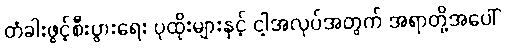
တံခါးဖွင့်စီးပွားရေး ပုထိုးများနှင့် ငါ့အလုပ်အတွက် အရာတို့အပေါ်